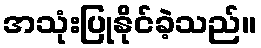
အသုံးပြုနိုင်ခဲ့သည်။